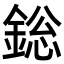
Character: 𨨟